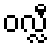
ဝလ္လီ